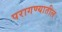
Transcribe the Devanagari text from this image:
परागण्यातील